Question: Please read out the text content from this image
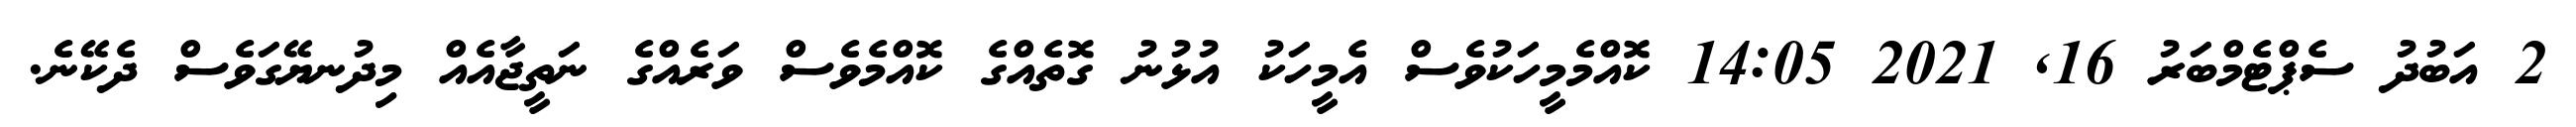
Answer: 2 އަބުދު ސެޕްޓެމްބަރު 16, 2021 14:05 ކޮއްމެމީހަކުވެސް އެމީހަކު އުޅުނު ގޮތެއްގެ ކޮއްމެވެސް ވަރެއްގެ ނަތީޖާއެއް މިދުނޔޭގަވެސް ދެކޭނެ.